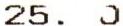
25. 0